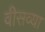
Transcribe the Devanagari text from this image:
वीसव्या